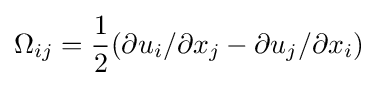
\Omega _{ij}={\frac {1}{2}}(\partial u_{i}/\partial x_{j}-\partial u_{j}/\partial x_{i})